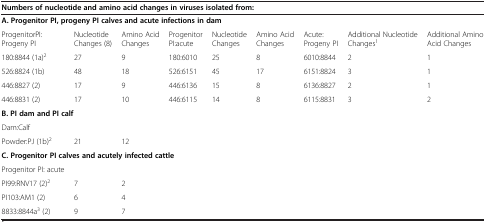
| <COLSPAN=9> Numbers of nucleotide and amino acid changes in viruses isolated from: |
 | --- | --- | --- | --- | --- | --- | --- | --- | --- |
 | <COLSPAN=9> A. Progenitor PI, progeny PI calves and acute infections in dam |
 | ProgenitorPI:Progeny PI | Nucleotide Changes (8) | Amino Acid Changes | Progenitor PI:acute | Nucleotide Changes | Amino Acid Changes | Acute:Progeny PI | Additional Nucleotide Changes1 | Additional Amino Acid Changes |
 | 180:8844 (1a)2 | 27 | 9 | 180:6010 | 25 | 8 | 6010:8844 | 2 | 1 |
 | 526:8824 (1b) | 48 | 18 | 526:6151 | 45 | 17 | 6151:8824 | 3 | 1 |
 | 446:8827 (2) | 17 | 9 | 446:6136 | 15 | 8 | 6136:8827 | 2 | 1 |
 | 446:8831 (2) | 17 | 10 | 446:6115 | 14 | 8 | 6115:8831 | 3 | 2 |
 | <COLSPAN=9> B. PI dam and PI calf |
 | Dam:Calf |  |  |  |  |  |  |  |  |
 | Powder:PJ (1b)2 | 21 | 12 |  |  |  |  |  |  |
 | <COLSPAN=9> C. Progenitor PI calves and acutely infected cattle |
 | Progenitor PI: acute |  |  |  |  |  |  |  |  |
 | PI99:RNV17 (2)2 | 7 | 2 |  |  |  |  |  |  |
 | PI103:AM1 (2) | 6 | 4 |  |  |  |  |  |  |
 | 8833:8844a3 (2) | 9 | 7 |  |  |  |  |  |  |